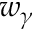
w _ { \gamma }